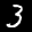
Label: 3